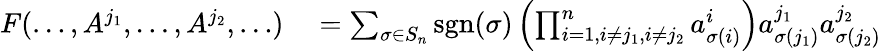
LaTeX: \begin{array}{rl}{F(\dots,A^{j_{1}},\dots,A^{j_{2}},\dots)}&{{}=\sum_{\sigma\in S_{n}}\operatorname{sgn}(\sigma)\left(\prod_{i=1,i\neq j_{1},i\neq j_{2}}^{n}a_{\sigma(i)}^{i}\right)a_{\sigma(j_{1})}^{j_{1}}a_{\sigma(j_{2})}^{j_{2}}}\end{array}